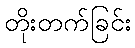
တိုးတက်ခြင်း